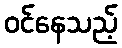
ဝင်နေသည့်